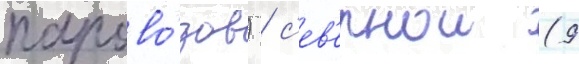
парово́зов) / с'ев'ернои (9